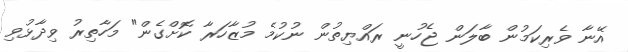
އޭނާ ވެރިކަމުން ބާލަން ޖެހުނީ ރައްޔިތުން ނުކުމެ މުޒާހަރާ ކޮށްގެން" މަހާތިރު ވިދާޅުވި